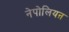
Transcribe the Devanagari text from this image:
नेपोलियऩ